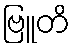
ဗြူတိ